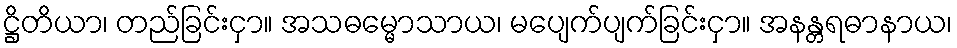
ဋ္ဌိတိယာ၊ တည်ခြင်းငှာ။ အသဓမ္မောသာယ၊ မပျေက်ပျက်ခြင်းငှာ။ အနန္တရဓာနာယ၊